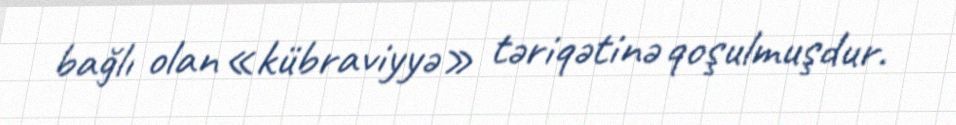
bağlı olan «kübraviyyə» təriqətinə qoşulmuşdur.